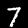
Digit: 7